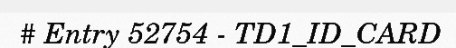
# Entry 52754 - TD1_ID_CARD